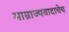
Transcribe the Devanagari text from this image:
साम्राज्यवादाचेच